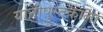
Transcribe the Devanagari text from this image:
यांनीपुस्तकाला